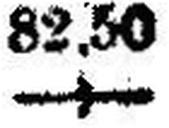
—.—